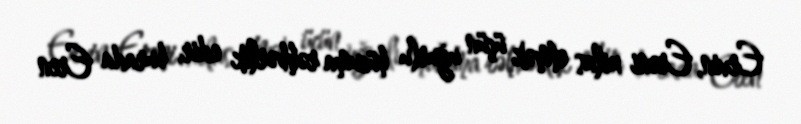
Ervin, Ereni xilas etmək üçün uğurlu hücuma rəhbərlik edir, burada Eren